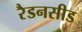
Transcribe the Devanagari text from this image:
रैडनसीड